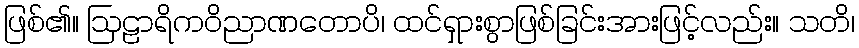
ဖြစ်၏။ ဩဠာရိကဝိညာဏတောပိ၊ ထင်ရှားစွာဖြစ်ခြင်းအားဖြင့်လည်း။ သတိ၊